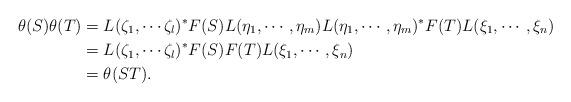
LaTeX: \begin{align*}\theta(S)\theta(T) &=L(\zeta_1,\cdots \zeta_l)^*F(S)L(\eta_1,\cdots, \eta_m)L(\eta_1,\cdots, \eta_m)^*F(T)L(\xi_1,\cdots, \xi_n) \\&=L(\zeta_1,\cdots \zeta_l)^*F(S)F(T)L(\xi_1,\cdots, \xi_n) \\&=\theta(ST). \end{align*}